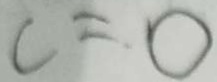
c = 0